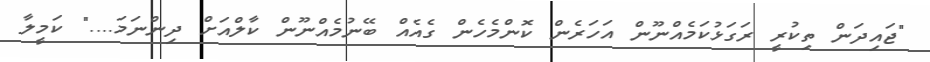
"ޖައިދަން ތިކުރީ ރަގަޅުކަމެއްނޫން އަހަރެން ކޮންމެހެން ގެއެއް ބޭނުމެއްނޫން ކާލްއަށް ދިންނަމަ...." ކަމީލާ